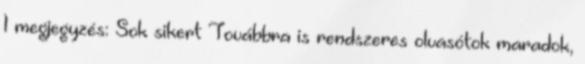
1 megjegyzés: Sok sikert Továbbra is rendszeres olvasótok maradok,